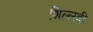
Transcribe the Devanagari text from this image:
शिल्लकी